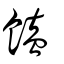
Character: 饁